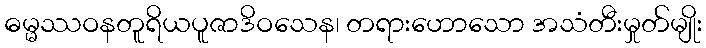
ဓမ္မဿဝနတူရိယပူဇာဒိဝသေန၊ တရားဟောသော အသံတီးမှုတ်မျိုး